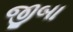
જીબા